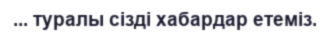
... туралы сізді хабардар етеміз.